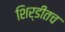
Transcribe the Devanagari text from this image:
शिर्डीतच